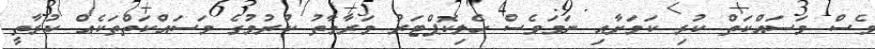
ވެސް މަސައްކަތް ކުރި ކަމަށާއި ނަމަވެސް ހެލިކޮޕްޓަރު މަރާމާތު ކުރުމުގެ މަސައްކަތްތަކެއް ކުރާތީ